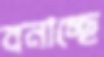
বনাচ্ছে